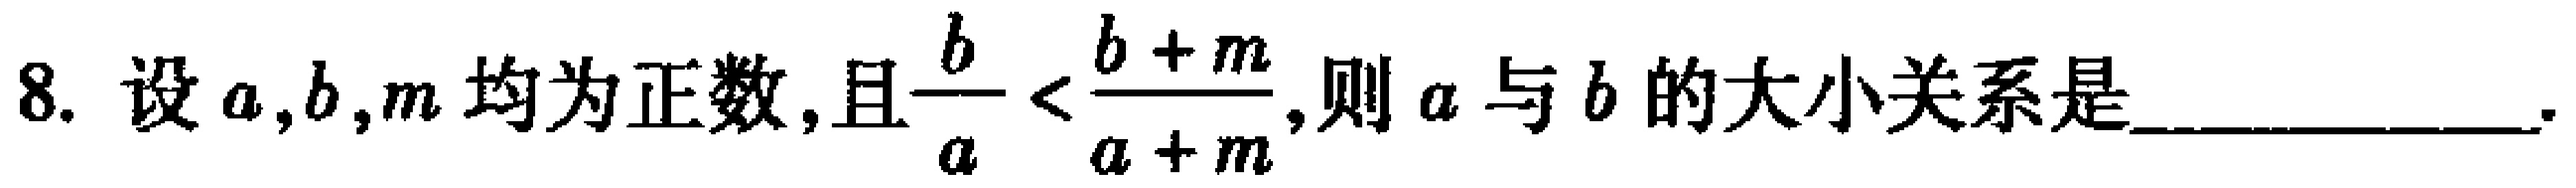
8. 设\(a,b,m\)均为正数,且\(\frac{b}{a}<\frac{b + m}{a + m}\),则\(a\)与\(b\)的大小关系是____________.